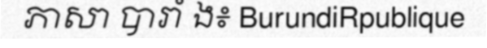
ភាសា បារាំ ង៖ BurundiRpublique